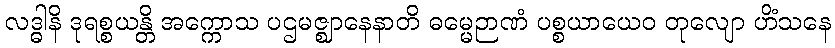
လဒ္ဓါနိ ဒုရစ္စယန္တိ အက္ကောသ ပဌမဇ္ဈာနေနာတိ ဓမ္မေဉာဏံ ပစ္စယာယေဝ တုလျော ဟိံသနေ